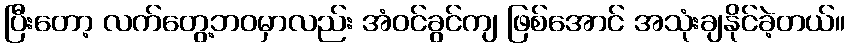
ပြီးတော့ လက်တွေ့ဘဝမှာလည်း အံဝင်ခွင်ကျ ဖြစ်အောင် အသုံးချနိုင်ခဲ့တယ်။